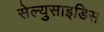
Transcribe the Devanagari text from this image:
सेल्युसाइडिस